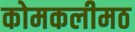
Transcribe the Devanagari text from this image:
कोमकलीमठ